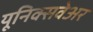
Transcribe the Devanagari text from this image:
यूनिक्सवेअर